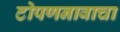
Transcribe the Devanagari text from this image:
टोपणनावाचा